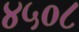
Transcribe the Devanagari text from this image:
४५०८